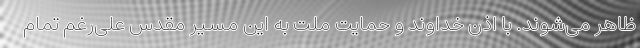
ظاهر می‌شوند. با اذن خداوند و حمایت ملت به این مسیر مقدس علی‌رغم تمام